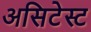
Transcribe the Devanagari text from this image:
असिटेस्ट